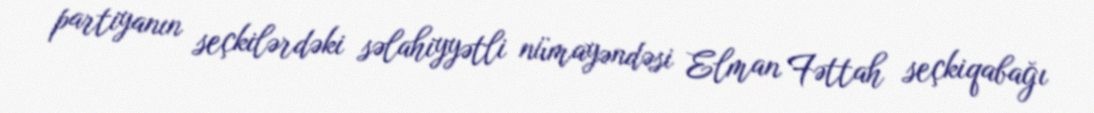
partiyanın seçkilərdəki səlahiyyətli nümayəndəsi Elman Fəttah seçkiqabağı